Lunatic asylums United Prov. 1922-30 - 1922-1930
Year: 1922
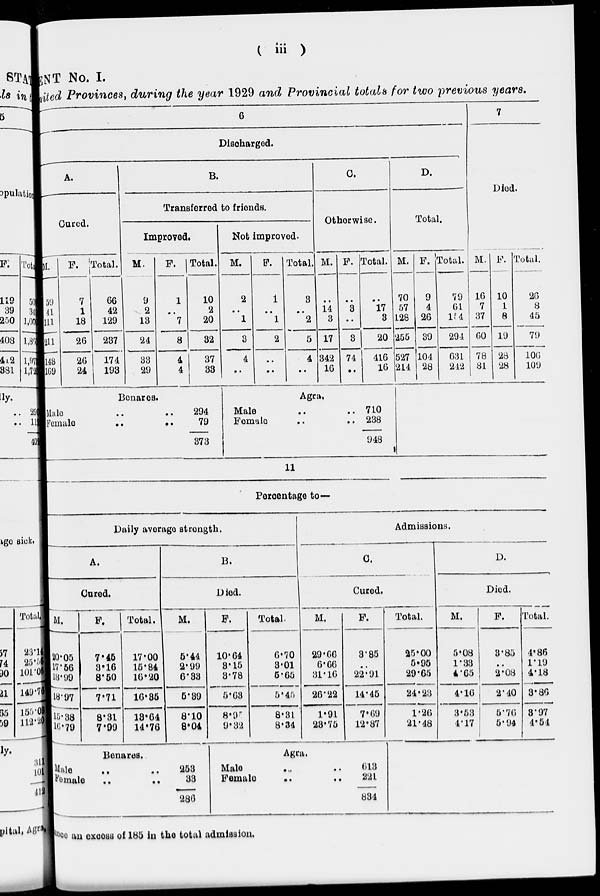
(
iii
)
MENT No. I.
ited Provinces, during the year 1929 and Provincial totals for two previous years.
6
Discharged.
A.
Cured.
M.
59
41
111
211
148
169
F.
7
1
18
26
26
24
Total.
66
42
129
237
174
193
B.
Transferred to friends.
Improved.
M.
9
2
13
24
33
29
F.
1
..
7
8
4
4
Total.
10
2
20
32
37
33
Benares.
Male .. ..
Female
..
..
294
79
373
Not improved.
M.
2
..
1
3
4
..
F.
1
..
1
2
..
..
Total.
3
..
2
5
4
..
C.
Otherwise.
M.
..
14
3
17
342
16
F.
..
3
..
3
74
..
Total.
..
17
3
20
416
16
Agra.
Male .. ..
Female .. ..
710
238
948
D.
Total.
M.
70
57
128
255
527
214
F.
9
4
26
39
104
28
Total.
79
61
154
294
631
242
7
Died.
M.
16
7
37
60
78
81
F.
10
1
8
19
28
28
Total.
26
8
45
79
106
109
11
Percentage to—
Daily average strength.
A.
Cured.
M.
20.05
17.56
18.99
18.97
15.38
16.79
F.
7.45
3.16
8.50
7.71
8.31
7.99
Total.
17.00
15.84
16.20
16.35
18.64
14.76
B.
Died.
M.
5.44
2.99
6.33
5.39
8.10
8.04
Benares.
Male .. ..
Female .. ..
253
33
286
F.
10.64
3.15
3.78
5.63
8.95
9.32
Total.
6.70
3.01
6.65
5.45
8.31
8.34
Admissions.
C.
Cured.
M.
29.66
6.66
31.16
26.22
1.91
23.75
F.
3.85
..
22.91
14.45
7.69
12.87
Agra.
Male
..
..
Female .. ..
613
22l
834
Total.
25.00
5.95
29.65
24.23
1.26
21.48
D.
Died.
M.
5.08
1.33
4.65
4.16
3.53
4.17
F.
3.85
..
2.08
2.40
5.76
5.94
Total.
4.86
1.19
4.18
3.86
3.97
4.54
ence an excess of 185 in the total admission.